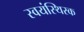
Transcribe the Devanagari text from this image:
स्वयंस्थिरक